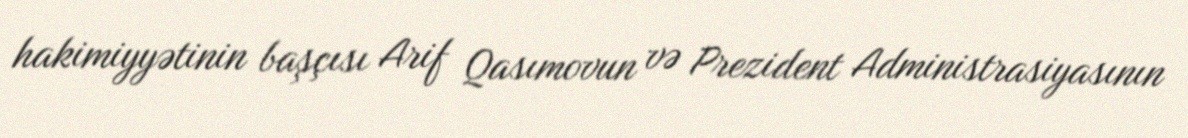
hakimiyyətinin başçısı Arif Qasımovun və Prezident Administrasiyasının